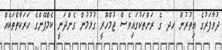
ދުވާފަރުގެ އިތުރުން ހދ ގެ ރަށްތަކުގައިވެސް ޖުމްހޫރީ ގުޅުމުން ގެންދަނީ ކެމްޕޭންގެ ހަރަކާތްތަކެއް